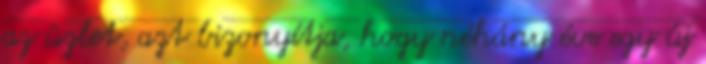
az üzlet, azt bizonyítja, hogy néhány éve egy új